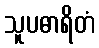
သူပဓာရိတံ